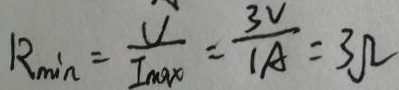
R _ { \vert \min } = \frac { V } { I _ { \max } } = \frac { 3 V } { 1 A } = 3 \Omega